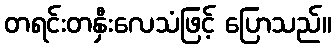
တရင်းတနှီးလေသံဖြင့် ပြောသည်။